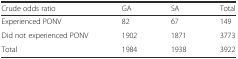
<table><thead><tr><td><b>Crude odds ratio</b></td><td><b>GA</b></td><td><b>SA</b></td><td><b>Total</b></td></tr></thead><tbody><tr><td>Experienced PONV</td><td>82</td><td>67</td><td>149</td></tr><tr><td>Did not experienced PONV</td><td>1902</td><td>1871</td><td>3773</td></tr><tr><td>Total</td><td>1984</td><td>1938</td><td>3922</td></tr></tbody></table>